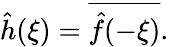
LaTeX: {\hat{h}}(\xi)={\overline{{{\hat{f}}(-\xi)}}}.